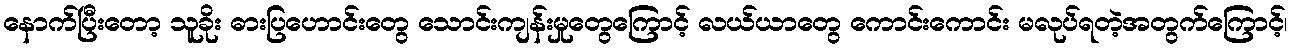
နောက်ပြီးတော့ သူခိုး ဓားပြဟောင်းတွေ သောင်းကျန်းမှုတွေကြောင့် လယ်ယာတွေ ကောင်းကောင်း မလုပ်ရတဲ့အတွက်ကြောင့်၊